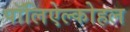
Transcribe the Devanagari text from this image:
पॉलिऐल्कोहल